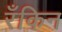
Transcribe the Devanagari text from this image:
रँकिन